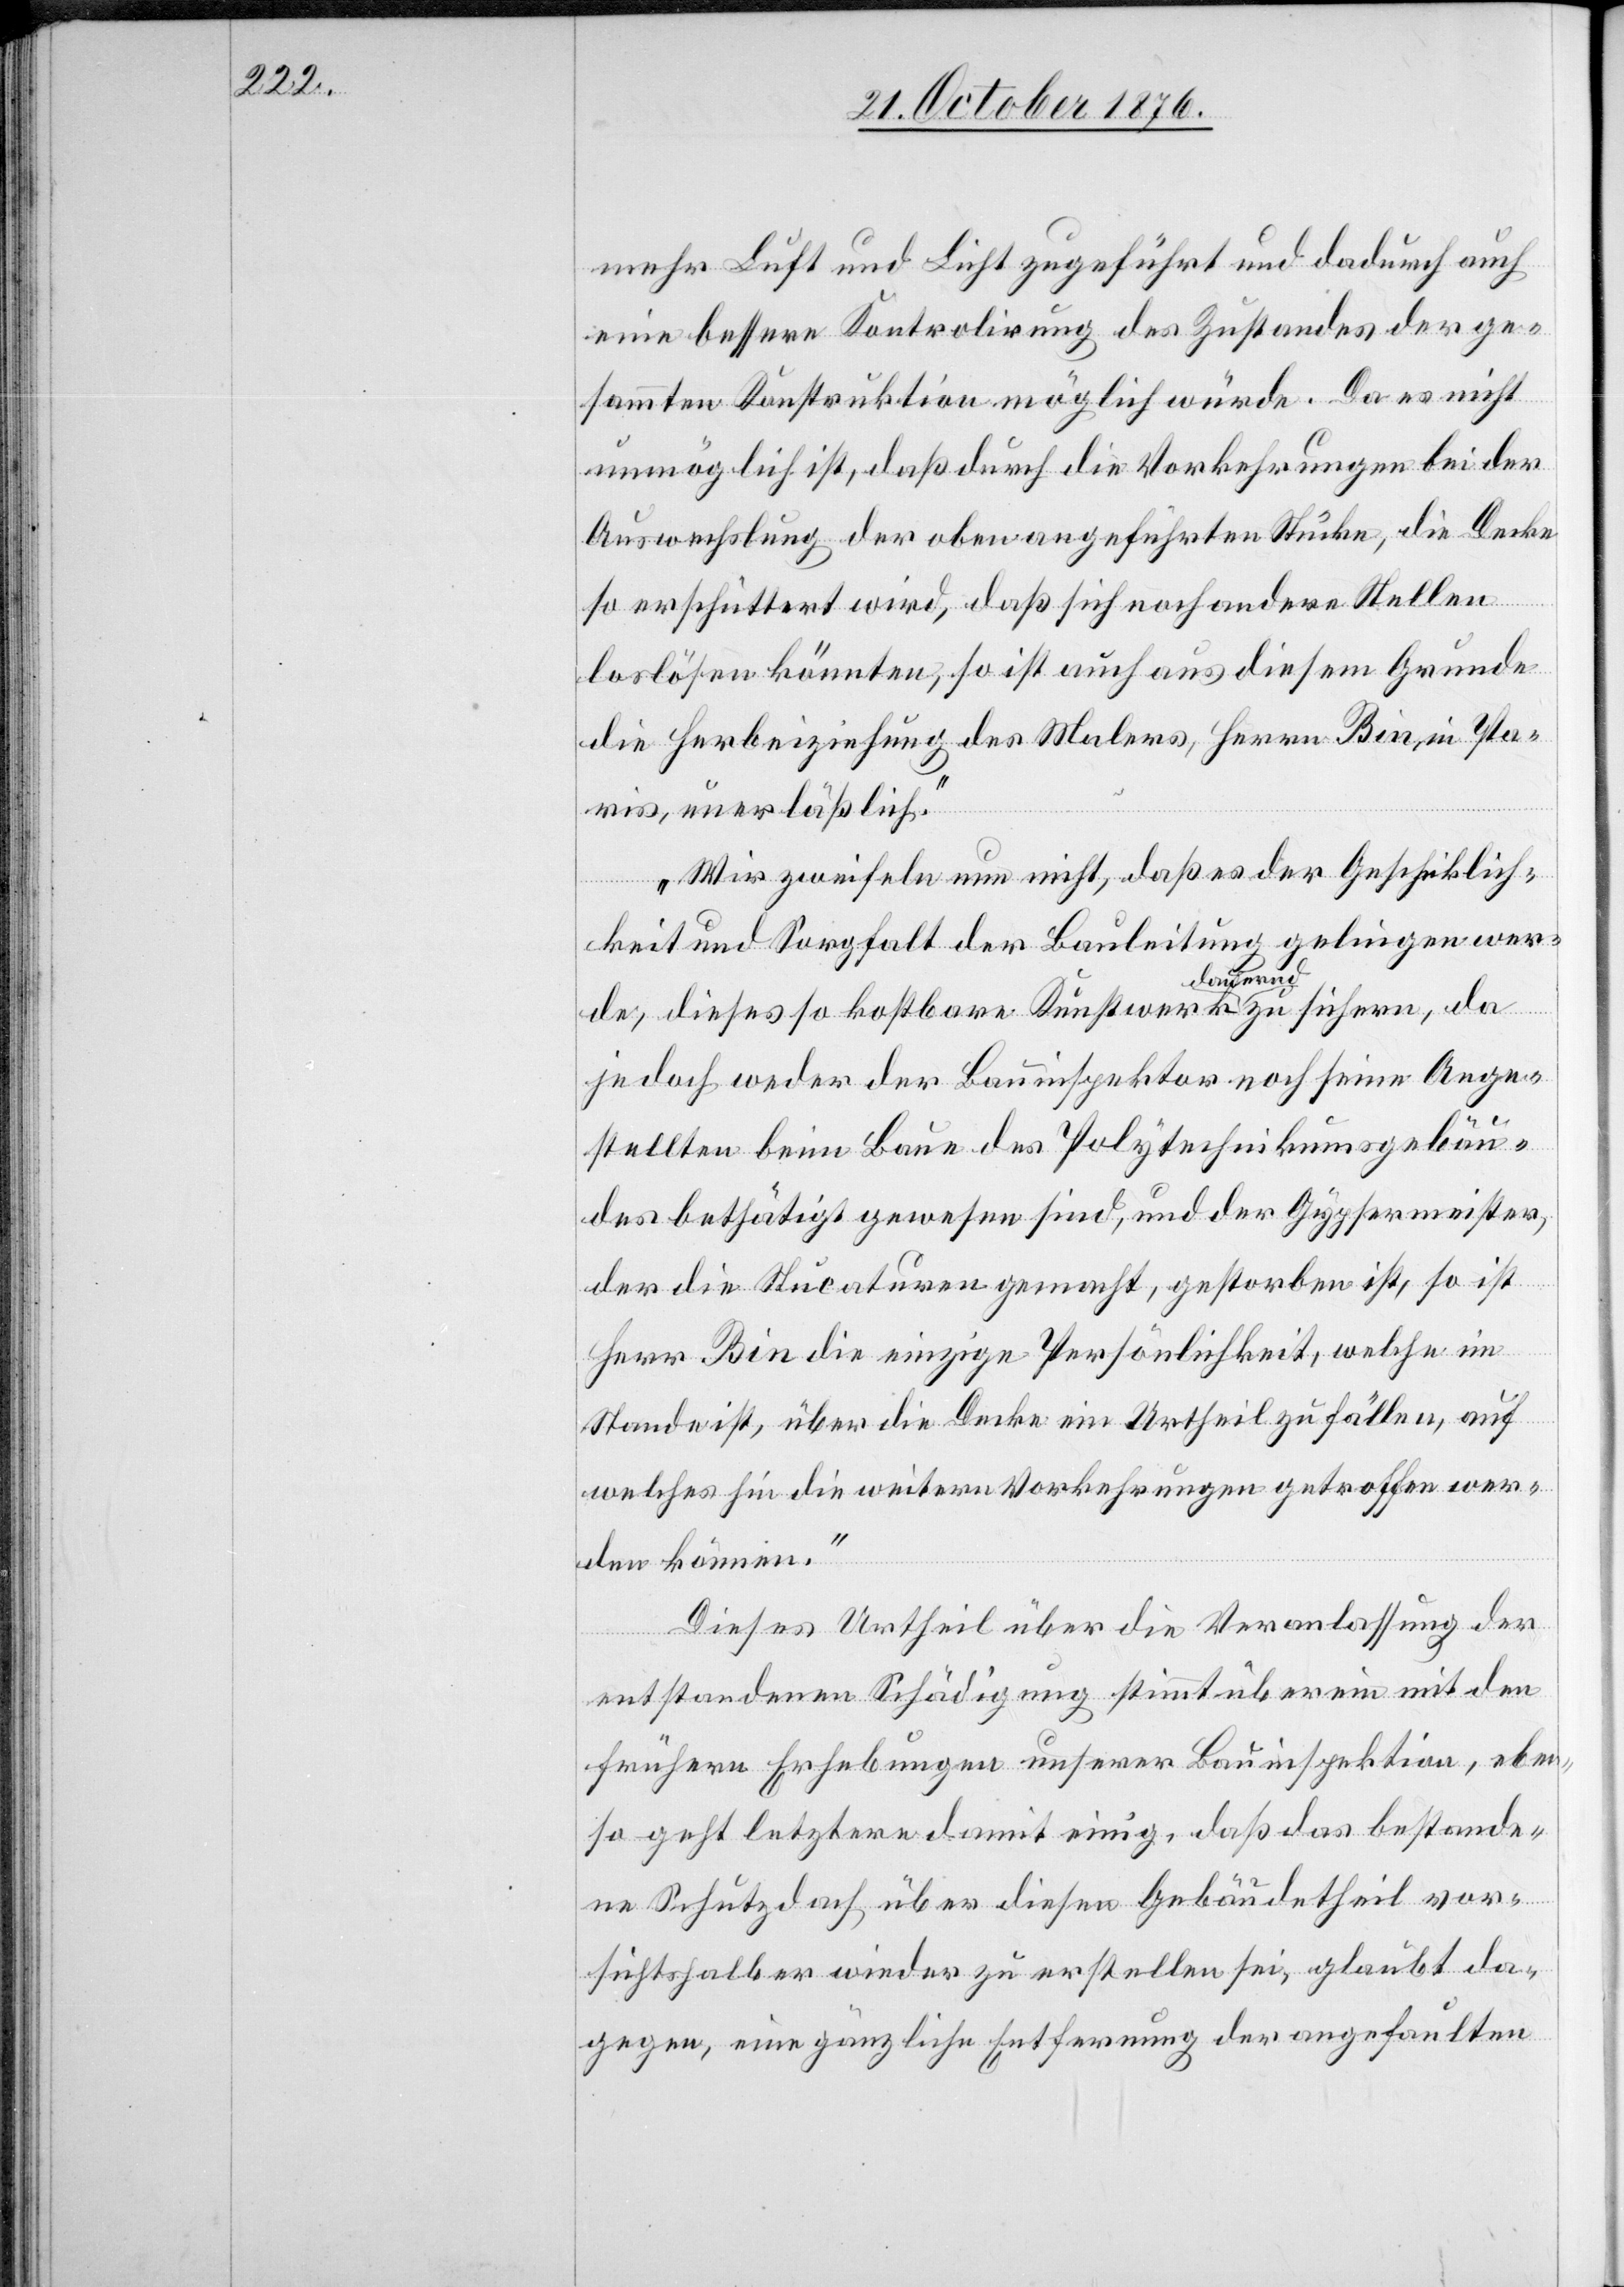
mehr Luft und Licht zugeführt und dadurch auch
eine bessere Kontrolirung des Zustandes der ge¬
samten Konstruktion möglich würde. Da es nicht
unmöglich ist, daß durch die Vorkehrungen bei der
Auswechslung der oben angeführten Stücke, die Decke
so erschüttert wird, daß sich noch andere Stellen
loslösen könnten, so ist auch aus diesem Grunde
die Herbeiziehung des Malers, Herrn Bin, in Pa¬
ris, unerläßlich.
Wir zweifeln nun nicht, daß es der Geschicklich¬
sicher,
keit und Sorgfalt der Bauleitung gelingen wer¬
de, dieses so kostbare Kunstwerk a dauernd a
jedoch weder der Bauinspektor noch seine Ange¬
stellten beim Baue des Polytechnikumsgebäu¬
des bethätigt gewesen sind, und der Gypsermeister,
da
der die Stucaturen gemacht, gestorben ist, so ist
Herr Bin die einzige Persönlichkeit, welche im
Stande ist, über die Decke ein Urtheil zu fällen, auf
welches hin die weitern Vorkehrungen getroffen wer¬
den können.“
Dieses Urtheil über die Veranlassung der
entstandenen Schädigung stimmt überein mit den
frühern Erhebungen unserer Bauinspektion, eben¬
so geht letztere damit einig, daß das bestande¬
ne Schutzdach über diesen Gebäudetheil vor¬
sichtshalber wieder zu erstellen sei, glaubt da¬
gegen, eine gänzliche Entfernung der angefaulten